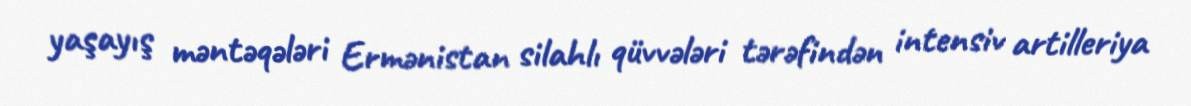
yaşayış məntəqələri Ermənistan silahlı qüvvələri tərəfindən intensiv artilleriya